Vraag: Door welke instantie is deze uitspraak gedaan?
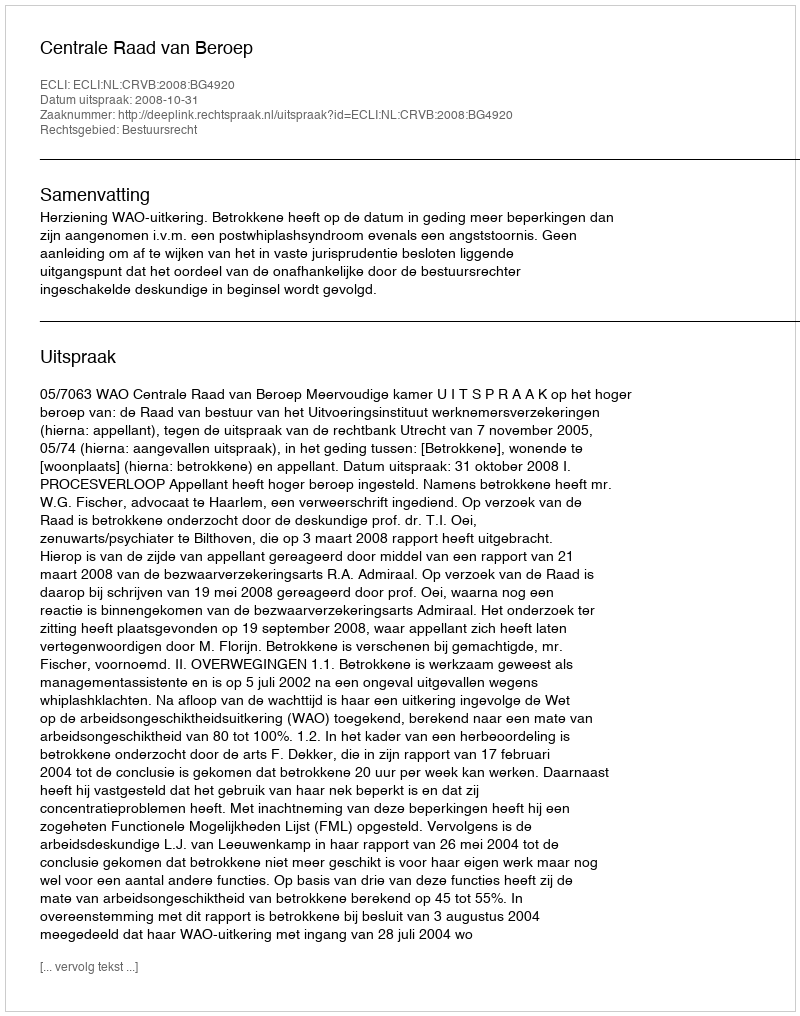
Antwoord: Centrale Raad van Beroep